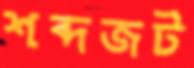
শব্দজট